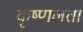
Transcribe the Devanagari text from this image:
कृष्णलता